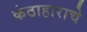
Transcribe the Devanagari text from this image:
कंठाहाराचे